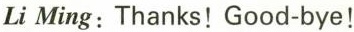
Li Ming: Thanks! Good-bye!